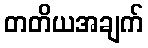
တတိယအချက်